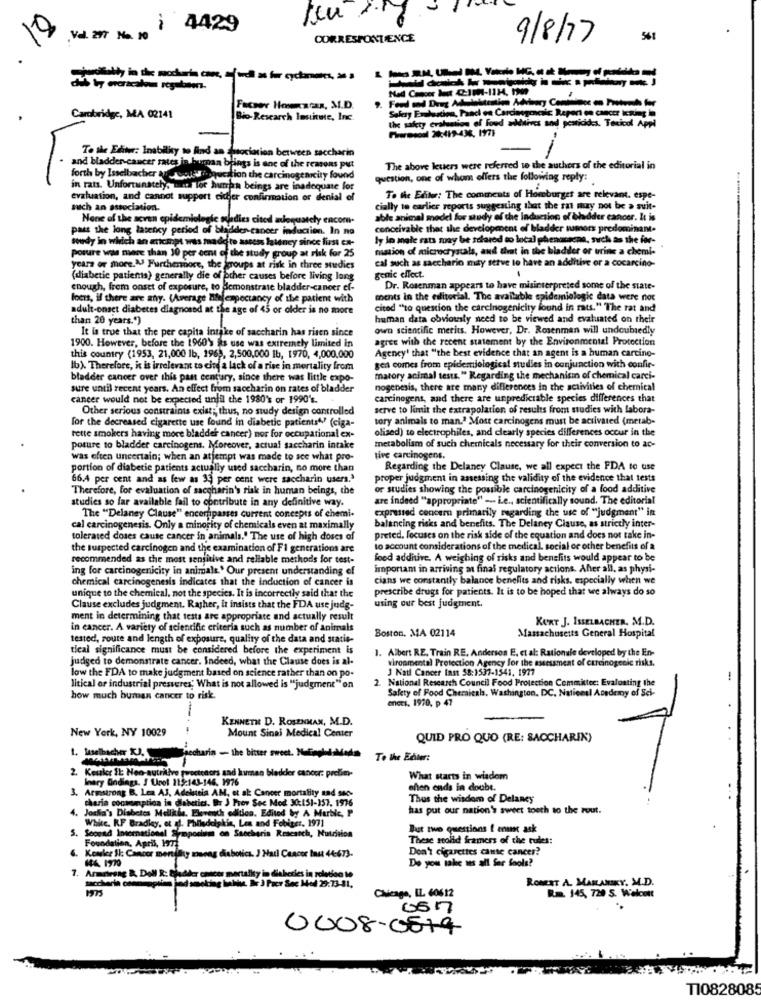
i 4429
Vel. 277 No. 10
CORRESPONDENCE
9/8/77
561
Facser Hoszczs, M.D.
Salesy Eralascien, Pancl os Carcinogenesis Report on cancer iRing in
Carobridge, MA 02141
Bio-Research Institute, Inc.
the safety cralunion of food additives and pesticides. Toxicol Appl
-
To the Editor: Inabilky to find an fusociation between saccharin
and bladder-cancer rates in buran brings is one of the reasons put
The above letters were referred to the authors of the editorial in
forth by Isselbacher an salidoquestion the carcinogencity found
question, one of whom offers the following reply:
in rats. Unfortunately, mun lor huren beings are inadequate for
evaluation, and cannot support eicher confirmation or denial of
To the Editor: The comments of Homburget are relevant. espe-
sich an association.
cially to earlier reports suggesting that the rat may not be a suit-
None of the seven epidemiologic nldies cited aequately encom-
able animal model for study of the induction of bladder cancer. It is
pass the long latency period of bladder cancer induction. In no
conceivable that the development of bladder tumors predominant.
soudy in wirich an attempt was madeto assess latency since first ex-
ly lo male rats may be scared to local phenacacne, such as the for-
posure was more than 10 per cent of the study group at risk for 25
mation of microcrystals, and that in the bladder or urine a chemi-
cal such as saccharin mity serve to have an additive or a cocarcino-
years or more." Furthermore, the groups at risk in three studies
genic effect.
(diabetic patients) generally die of other causes before living long
enough, from onset of exposure, to demonstrate bladder-cancer ef-
Dr. Rosenman appears to have misinterpreted some of the state-
locis, if there are any. (Average Bilelexpectancy of the patient with
ments in the editorial. The available epidemiologic data were not
adult-onset diabetes diagnosed at the age of 45 or older is no more
cited "to question the carcinogenicity found in rats." The rat and
than 20 years.")
human data obviously need to be viewed and evaluated on their
It is true that the per capita intake of saccharin has risen since
own scientific merits. However, Dr. Rosenman will undoubtedly
agree with the recent statement by the Environmental Protection
1900. However, before the 1960'> is use was extremely limited in
Agency' that "the best evidence that an agent is a human carcino-
this country (1953, 21,000 1b, 1969, 2,500,000 1b, 1970, 4,000,000
Ib). Therefore, it is irrelevant to cite a lack of a rise in mortality from
gen comes from epidemiological studies in conjunction with confir-
bladder cancer over this past century, since there was little expo-
matory animal tests." Regarding the mechanism of chemical carci-
sure until recent years. An effect from saccharin on rates of bladder
nogenesis, there are many differences in the activities of chernical
cancer would not be expected until the 1980's or 1990's.
carcinogens, and there are unpredictable species differences that
Other serious constraints exist; thus, no study design controlled
serve to limit the extrapolation of results from studies with labora-
for the decreased cigarette use found in diabetic patients4" (ciga-
tory animals to man." Mose carcinogens must be activated (metab-
olised) to electrophiles, and clearly species differences occur in the
rette smokers having more bladder cancer) nor for occupational ex-
posure to bladder carcinogens. Moreover, actual saccharin intake
metabolism of such chemicals necessary for their conversion to ac-
was often uncertain; when an attempt was made to see what pro-
tive carcinogens.
portion of diabetic patients actually used saccharin, no more than
Regarding the Delaney Clause, we all expect the FDA to use
66.4 per cent and as few as 33 per cent were saccharin users.'
proper judgment in assessing the validity of the evidence that tests
Therefore, for evaluation of saccharin's risk in human beings, the
or studies showing the possible carcinogenicity of a food additive
studies so far available fail to contribute in any definitive way.
are indeed "appropriate" - Le ., scientifically sound. The editorial
expressed concern primarily mugarding the use of "judgment" in
The "Delaney Clause" encorepasses current concepts of chemi-
cal carcinogenesis. Only a minority of chemicals even at maximally
balancing risks and benefits. The Delaney Clause, as strictly inter-
tolerated doses cause cancer in animals." The use of high doses of
preted, focuses on the risk side of the equation and does not take in-
the suspected carcinogen and the examination of Fl generations are
to account considerations of the medical. social or other benefits of a
recommended as the most sensitive and reliable methods for test-
food additive. A weighing of risks and benefits would appear to be
ing for carcinogenicity in animals' Our present understanding of
important in arriving at final regulatory actions. After all, as physi-
chemical carcinogenesis indicates that the induction of cancer is
cians we constantly balance benefits and risks, especially when we
unique to the chemical, not the species. It is incorrectly said that the
prescribe drugs for patients. It is to be hoped that we always do so
Clause excludes judgment. Rather, it insists that the FDA use judg-
using our best judgment.
ment in determining that tests are appropriate and actually result
KORT J. ISSELBACHER, M.D.
in cancer. A variety of scientific criteria such as number of animals
Boston, MA 02114
Massachusetts General Hospital
tested, route and length of exposure, quality of the data and statis-
tieal significance must be considered before the experiment is
. Albert RE. Train RE, Anderson E. et al: Rationule developed by the En-
judged to demonstrate cancer. Indeed, what the Clause does is al-
vironmental Protection Agency for the assessment of carcinogenic risks,
low the FDA to make judgment based on science rather than on po-
J Natl Cancer Inst 38:1537-1541. 1977
National Research Council Food Protection Committee: Evaluating the
litical or industrial presveres; What is not allowed is "judgment" on
Safety of Food Chemicals, Washington, DC, National Academy of Sci-
how much buman cancer to risk.
eners. 1970, p 47
-
KENNETH D. ROSENMAN, M.D.
New York, NY 10029
Mount Sinai Medical Center
QUID PRO QUO (RE: SACCHARIN)
elbacher XJ.
Hecharin - the bitter sweet. NulnohudaMade
To the Enter:
2. Kessler Il: Neo-nutritive sweeteners and human bladder cancer: prelim-
Inary Ondings. J Unol 115:143-146. 1976
What starts in wisdom
3. Armstrong B. Lea AJ, Adelucia AM, et al Cancer mortality and soc-
aften ends in doubt.
cheria cocsomptica in diabetics. Br J Frev Sec Mod X(51-157, 1976
Thus the wisdom of Delaney
Joska's Diabetes Mellide. Eleventh edition. Edited by A Marble, P
has put our nation's sweet tooth to the rout.
White. R.F Bradley, et al. Philadelphia, Les and Febiger, 1971
5.
Second International Sinpodium on Saccharin Research, Nutrition
But two questions ! enunc ask
Foundation, April, 1972
These stolid framers of the rules:
Don't cigarettes cause cancer?
Kowice Il: Cancer mentithy among diabotics. J Hail Concor Inst 44:673.
Do you take us all for fools?
Armstrong &, Doll R: Bladder cmeer mortality in diabeties in relation to
saccharin ofen
ROBERT A. MARLANSKY, M.D.
moking habitus. Br 3 Per Sec Mod 29:73-81.
Rm. 145, 720 S. Walcott
Chicago, IL 60612
0008-05-19
T10828085